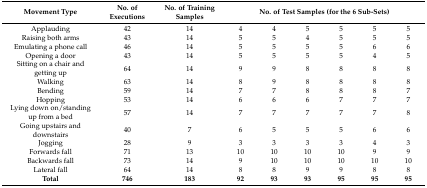
<table><thead><tr><td><b>Movement Type</b></td><td><b>No. of Executions</b></td><td><b>No. of Training Samples</b></td><td colspan="6"><b>No. of Test Samples (for the 6 Sub-Sets)</b></td></tr></thead><tbody><tr><td>Applauding</td><td>42</td><td>14</td><td>4</td><td>4</td><td>5</td><td>5</td><td>5</td><td>5</td></tr><tr><td>Raising both arms</td><td>43</td><td>14</td><td>5</td><td>5</td><td>4</td><td>5</td><td>5</td><td>5</td></tr><tr><td>Emulating a phone call</td><td>46</td><td>14</td><td>5</td><td>5</td><td>5</td><td>5</td><td>6</td><td>6</td></tr><tr><td>Opening a door</td><td>43</td><td>14</td><td>5</td><td>5</td><td>5</td><td>5</td><td>4</td><td>5</td></tr><tr><td>Sitting on a chair and getting up</td><td>64</td><td>14</td><td>9</td><td>9</td><td>8</td><td>8</td><td>8</td><td>8</td></tr><tr><td>Walking</td><td>63</td><td>14</td><td>8</td><td>9</td><td>8</td><td>8</td><td>8</td><td>8</td></tr><tr><td>Bending</td><td>59</td><td>14</td><td>7</td><td>7</td><td>8</td><td>8</td><td>8</td><td>7</td></tr><tr><td>Hopping</td><td>53</td><td>14</td><td>6</td><td>6</td><td>6</td><td>7</td><td>7</td><td>7</td></tr><tr><td>Lying down on/standing up from a bed</td><td>57</td><td>14</td><td>7</td><td>7</td><td>7</td><td>7</td><td>7</td><td>8</td></tr><tr><td>Going upstairs and downstairs</td><td>40</td><td>7</td><td>6</td><td>5</td><td>5</td><td>5</td><td>6</td><td>6</td></tr><tr><td>Jogging</td><td>28</td><td>9</td><td>3</td><td>3</td><td>3</td><td>3</td><td>4</td><td>3</td></tr><tr><td>Forwards fall</td><td>71</td><td>13</td><td>10</td><td>10</td><td>10</td><td>10</td><td>9</td><td>9</td></tr><tr><td>Backwards fall</td><td>73</td><td>14</td><td>9</td><td>10</td><td>10</td><td>10</td><td>10</td><td>10</td></tr><tr><td>Lateral fall</td><td>64</td><td>14</td><td>8</td><td>8</td><td>9</td><td>9</td><td>8</td><td>8</td></tr><tr><td><b>Total</b></td><td><b>746</b></td><td><b>183</b></td><td><b>92</b></td><td><b>93</b></td><td><b>93</b></td><td><b>95</b></td><td><b>95</b></td><td><b>95</b></td></tr></tbody></table>